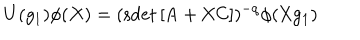
U ( g _ { 1 } ) \phi ( X ) = ( \mathrm { s d e t } \, [ A + X C ] ) ^ { - q } \phi ( X g _ { 1 } )